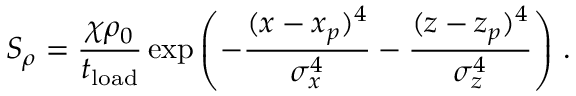
S _ { \rho } = \frac { \chi \rho _ { 0 } } { t _ { \mathrm { l o a d } } } \exp \left( { - \frac { ( x - x _ { p } ) ^ { 4 } } { \sigma _ { x } ^ { 4 } } - \frac { ( z - z _ { p } ) ^ { 4 } } { \sigma _ { z } ^ { 4 } } } \right) \, .